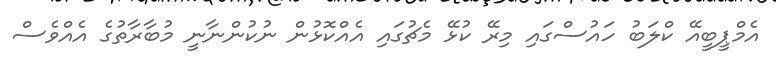
އެމްޕީބީއޭ ކްލަބު ހައުސްގައި މިރޭ ކުޅޭ މެޗުގައި އެއްކޮޅުން ނުކުންނާނީ މުބާރާތުގެ އެއްވެސް